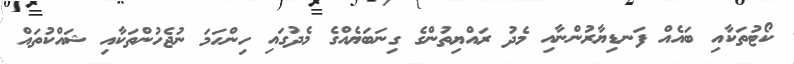
ކޯޓުތަކާއި ބައެއް ފަނޑިޔާރުންނާއި މެދު ރައްޔިތުންގެ ގިނަބަޔެއްގެ މެދުގައި ހިންހަމަ ނުޖެހުންތަކާއި ޝައްކުތައް